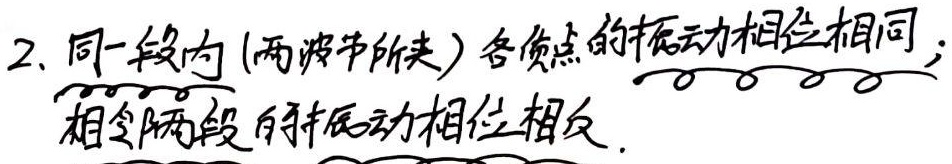
2. 同一段内 (两波节所夹) 各质点的振动相位相同；相邻两段的振动相位相反.